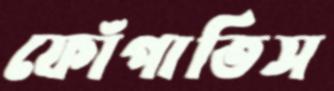
ফোঁপাতিস